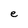
Character: e